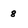
Character: 8